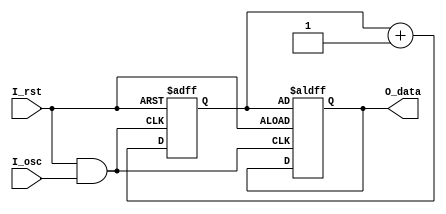
///------------------------------------
///
///------------------------------------
`timescale 1ns/100ps
module meas_osc
#(
parameter C_DWIDTH = 24               // output counter size
)
(
input                     I_osc     , // input oscillation
input                     I_rst     , // input reset signal
output reg  [C_DWIDTH-1:0]  O_data // output counter in a predefined time interval
);

reg [C_DWIDTH-1:0]  S_int_count;
wire gated_osc;

assign gated_osc = I_rst & I_osc;

always @(negedge I_rst or posedge gated_osc) begin
    if (!I_rst) begin
        S_int_count <= 0;
        O_data <= S_int_count;
    end
    else begin
        S_int_count <= S_int_count + 1;
    end
end
endmodule